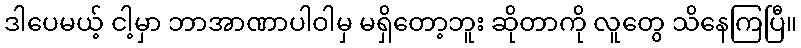
ဒါပေမယ့် ငါ့မှာ ဘာအာဏာပါဝါမှ မရှိတော့ဘူး ဆိုတာကို လူတွေ သိနေကြပြီ။